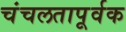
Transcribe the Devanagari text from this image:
चंचलतापूर्वक